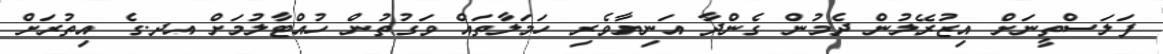
ފަލަސްތީނަށް އިޒުރޭލުން ދެމުން ގެންދާ އަނިޔާވެރި ހަމަލާތައް ވަގުތުން ހުއްޓާލުމަށް އދ.ގެ އިތުރަށް